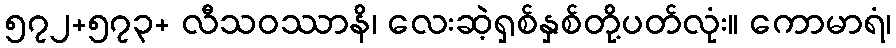
၅၇၂+၅၇၃+ လီသဝဿာနိ၊ လေးဆဲ့ရှစ်နှစ်တို့ပတ်လုံး။ ကောမာရံ၊